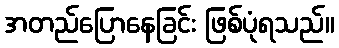
အတည်ပြောနေခြင်း ဖြစ်ပုံရသည်။